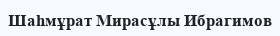
Шаһмұрат Мирасұлы Ибрагимов